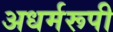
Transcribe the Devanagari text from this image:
अधर्मरूपी